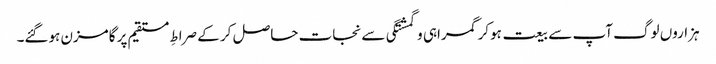
ہزاروں لوگ آپ سے بیعت ہوکر گمراہی و گمشتگی سے نجات حاصل کر کے صراطِ مستقیم پر گامزن ہوگئے۔